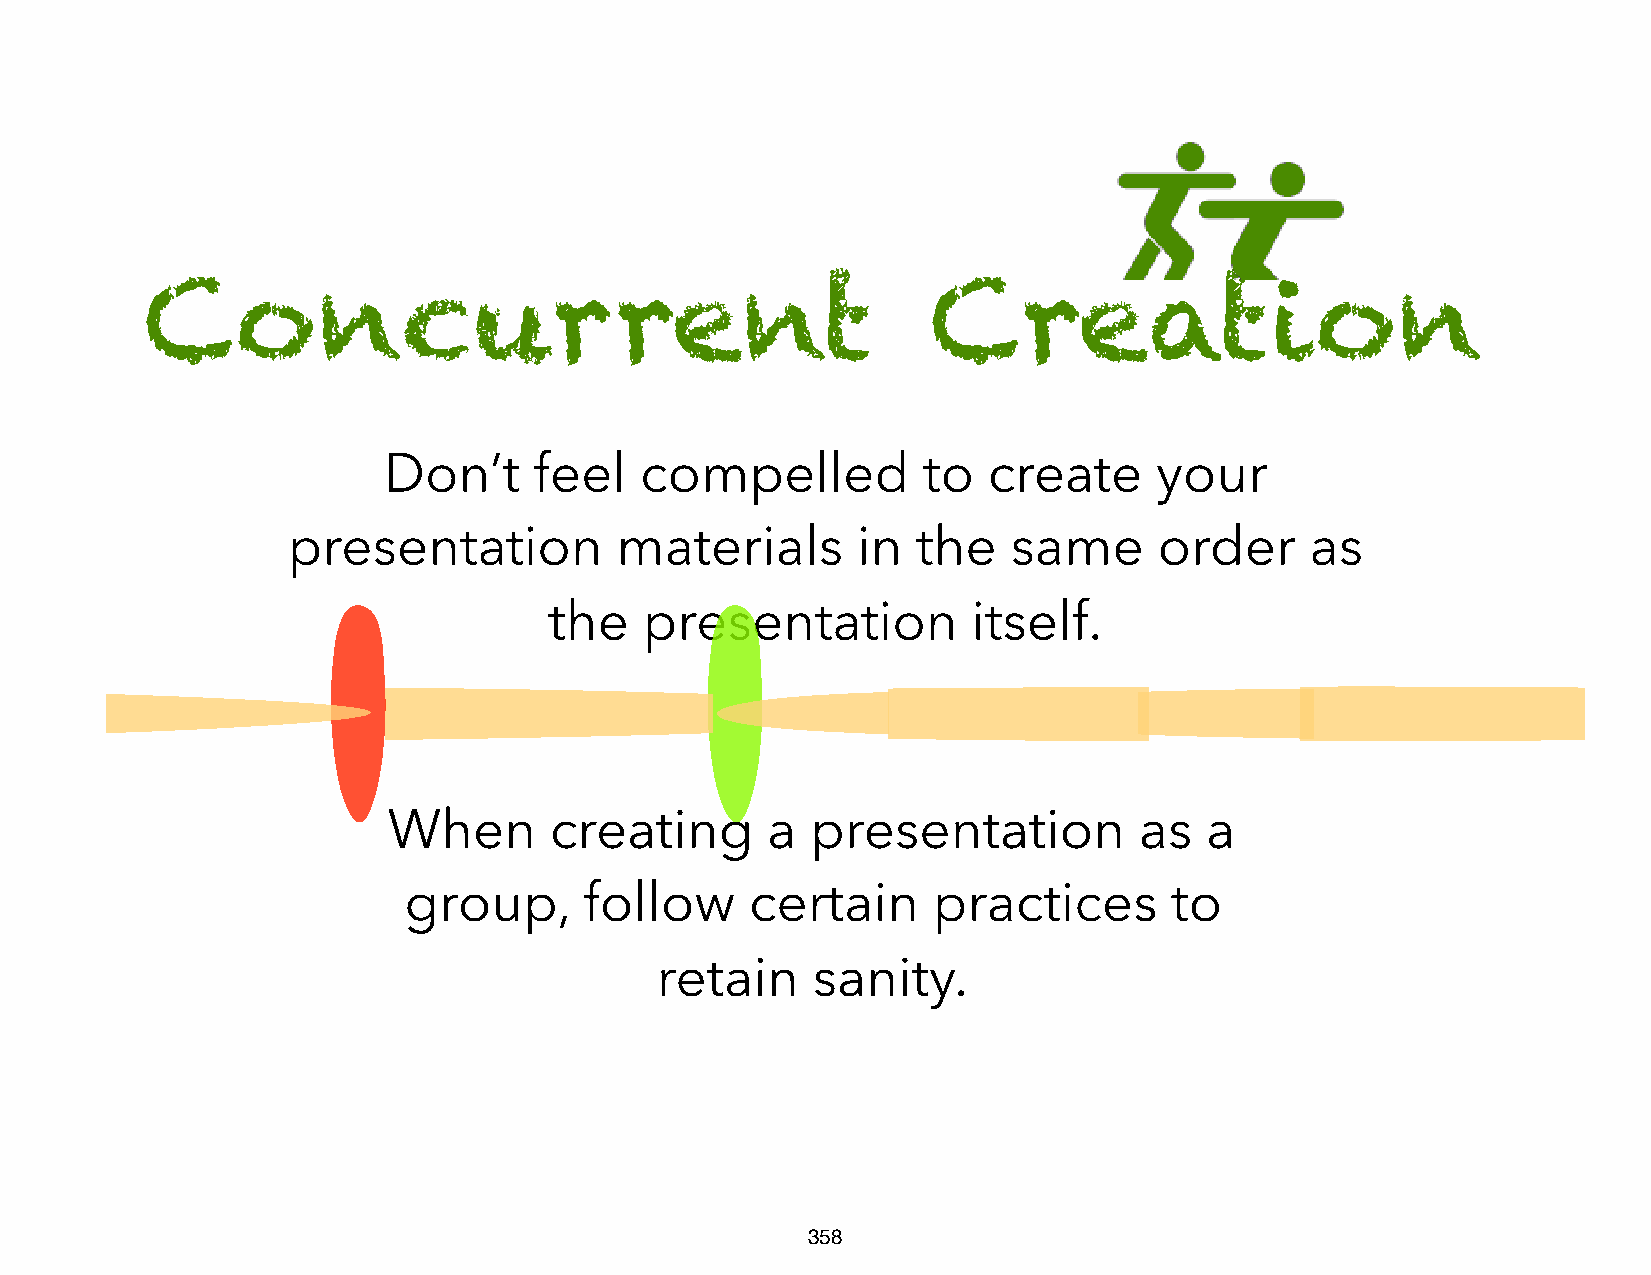
Concurrent                                          Creation
 Don’t     feel   compelled          to  create     your
 presentation          materials       in  the   same      order     as
 the    presentation         itself.
 When      creating       a  presentation         as   a
 group,      follow     certain     practices      to
 retain     sanity.
 358